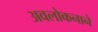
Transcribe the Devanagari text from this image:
अवलोकनाने